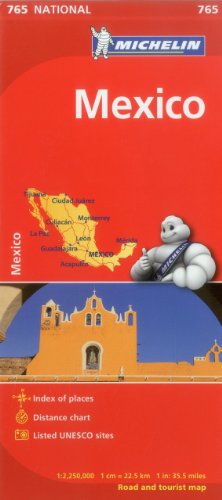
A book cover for Michelin Map Mexico 765 (Maps/Country (Michelin)); Michelin Travel & Lifestyle; Travel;